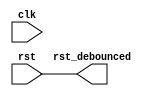
module debounce(clk, rst, rst_debounced);
	input clk;
	input rst;
	output rst_debounced;

	parameter FREQ = 1250000;

	reg [31:0] count = 32'd0;

	assign rst_debounced = rst;

	always @(posedge clk) begin
		if (rst && count == 0) begin
			count <= 1;
		end else if (count != 0 && count != FREQ) begin
			count <= count + 1;
		end else if (count == FREQ) begin
			count <= 0;
		end
	end
endmodule